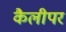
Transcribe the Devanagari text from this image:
कैलीपर